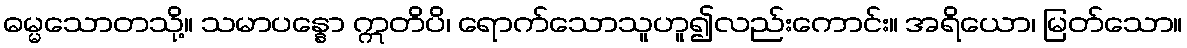
ဓမ္မသောတသို့။ သမာပန္နော ဣတိပိ၊ ရောက်သောသူဟူ၍လည်းကောင်း။ အရိယော၊ မြတ်သော။